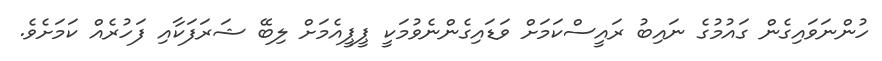
ހުންނަވައިގެން ގައުމުގެ ނައިބު ރައީސްކަމަށް ވަޑައިގެންނެވުމަކީ ޕީޕީއެމަށް ލިބޭ ޝަރަފަކާއި ފަހުރެއް ކަމަށެވެ.